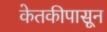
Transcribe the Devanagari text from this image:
केतकीपासून